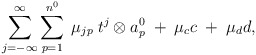
\begin{align*}\sum_{j=-\infty}^{\infty}\sum_{p=1}^{n^{0}} \;\mu_{jp} \;t^{j} \otimes a_{p}^{0}\;+\;\mu_{c}c\;+\;\mu_{d}d ,\end{align*}